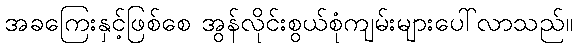
အခကြေးနှင့်ဖြစ်စေ အွန်လိုင်းစွယ်စုံကျမ်းများပေါ်လာသည်။